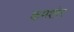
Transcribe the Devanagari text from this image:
कमशोर